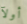
أولآ